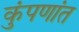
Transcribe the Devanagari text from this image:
कुंपणांत